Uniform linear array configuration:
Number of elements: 16
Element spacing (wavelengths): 0.5
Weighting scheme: kaiser
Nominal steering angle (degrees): -45
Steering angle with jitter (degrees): -44.173
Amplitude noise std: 0.05
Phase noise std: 0.05

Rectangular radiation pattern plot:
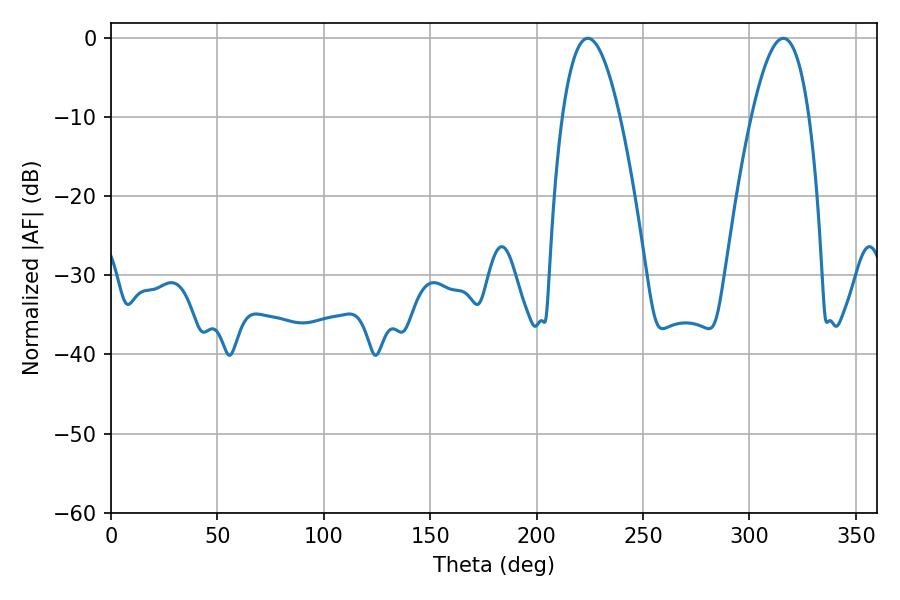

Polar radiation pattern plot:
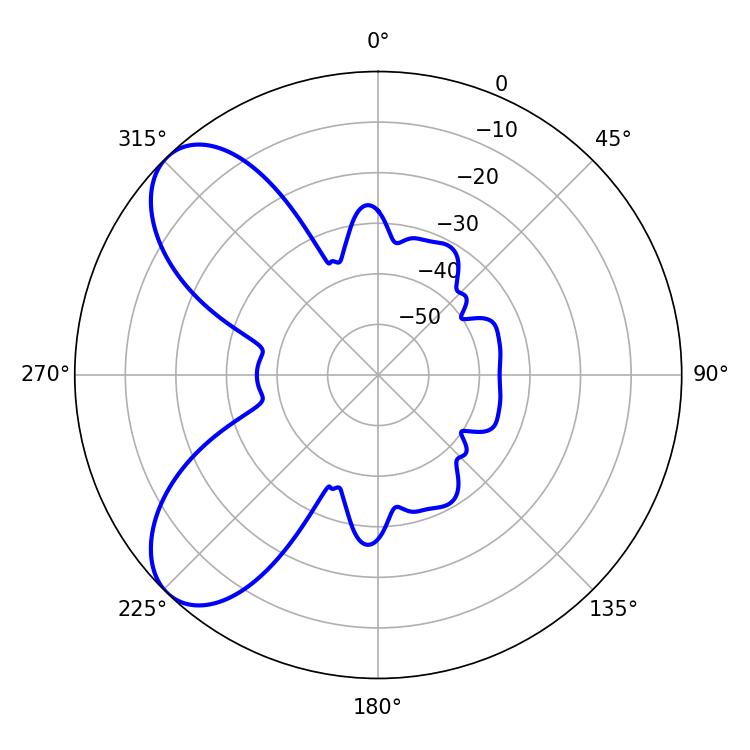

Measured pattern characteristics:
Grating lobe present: FALSE
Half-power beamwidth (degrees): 14.94
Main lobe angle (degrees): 224.1